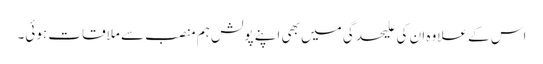
اس کے علاوہ ان کی علیحدگی میں بھی اپنے پولش ہم منصب سے ملاقات ہوئی۔